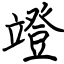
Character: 竳